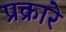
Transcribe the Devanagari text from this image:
प्रक्रारे